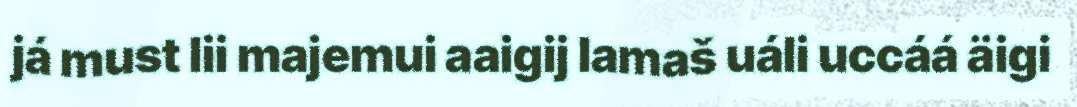
já must lii majemui aaigij lamaš uáli uccáá äigi